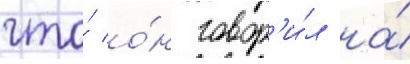
что́ о́н говор'и́л на́